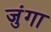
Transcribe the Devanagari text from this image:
जुंगा